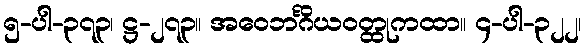
၅-ပါ-၃၇၃၊ ဋ္ဌ-၂၇၃။ အဝေဘင်္ဂိယဝတ္ထုကထာ။ ၄-ပါ-၃၂၂၊